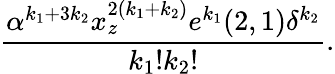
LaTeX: {\frac{\alpha^{k_{1}+3k_{2}}x_{z}^{2(k_{1}+k_{2})}e^{k_{1}}(2,1)\delta^{k_{2}}}{k_{1}!k_{2}!}}.